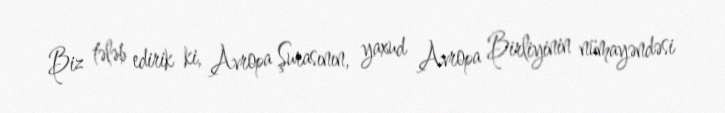
Biz tələb edirik ki, Avropa Şurasının, yaxud Avropa Birliyinin nümayəndəsi